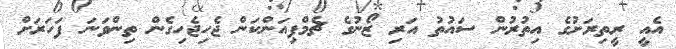
އެއީ ރީތިރަށުގެ އިތުރުން ސައުތު އަރި ޒޯނުގެ ޗެމްޕިއަންކަން ޖެހިޖެހިގެން ތިންވަނަ ފަހަރަށް